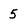
Character: 5